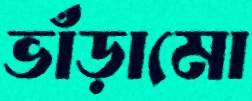
ভাঁড়ামো